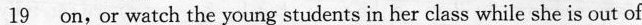
\underline{19} on,or watch the young students in her class while she is out of